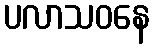
ပလာသဝနေ